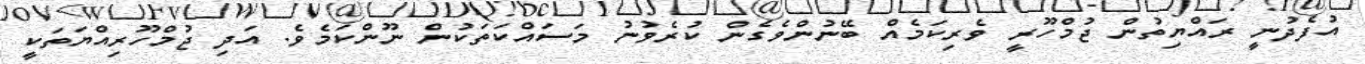
އުފެދުނީ ރައްޔިތުން ޖުމްހޫރީ ވެރިކަމެއް ބޭނުންވެގެން ކުރެވުނު މަސައްކަތަކުން ނޫންކަމެވެ. އަދި ޖުމްހޫރިއްޔަތަކީ